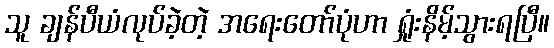
သူ ချန်ပီယံလုပ်ခဲ့တဲ့ အရေးတော်ပုံဟာ ရှုံးနိမ့်သွားရပြီ။